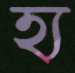
হ্য